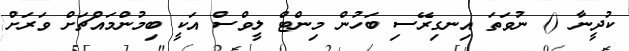
ކުދީނާ () ނުވަތަ އިނގިރޭސި ބަހުން މިންޓް ލީވްސް އަކީ ބިމުންމައްޗަށް ވަރަށް